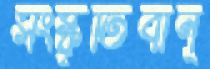
সংস্কৃতিবান্‌